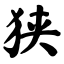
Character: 狭